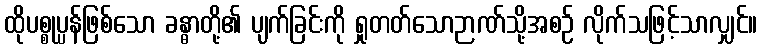
ထိုပစ္စုပ္ပန်ဖြစ်သော ခန္ဓာတို့၏ ပျက်ခြင်းကို ရှုတတ်သောဉာဏ်သို့အစဉ် လိုက်သဖြင့်သာလျှင်။